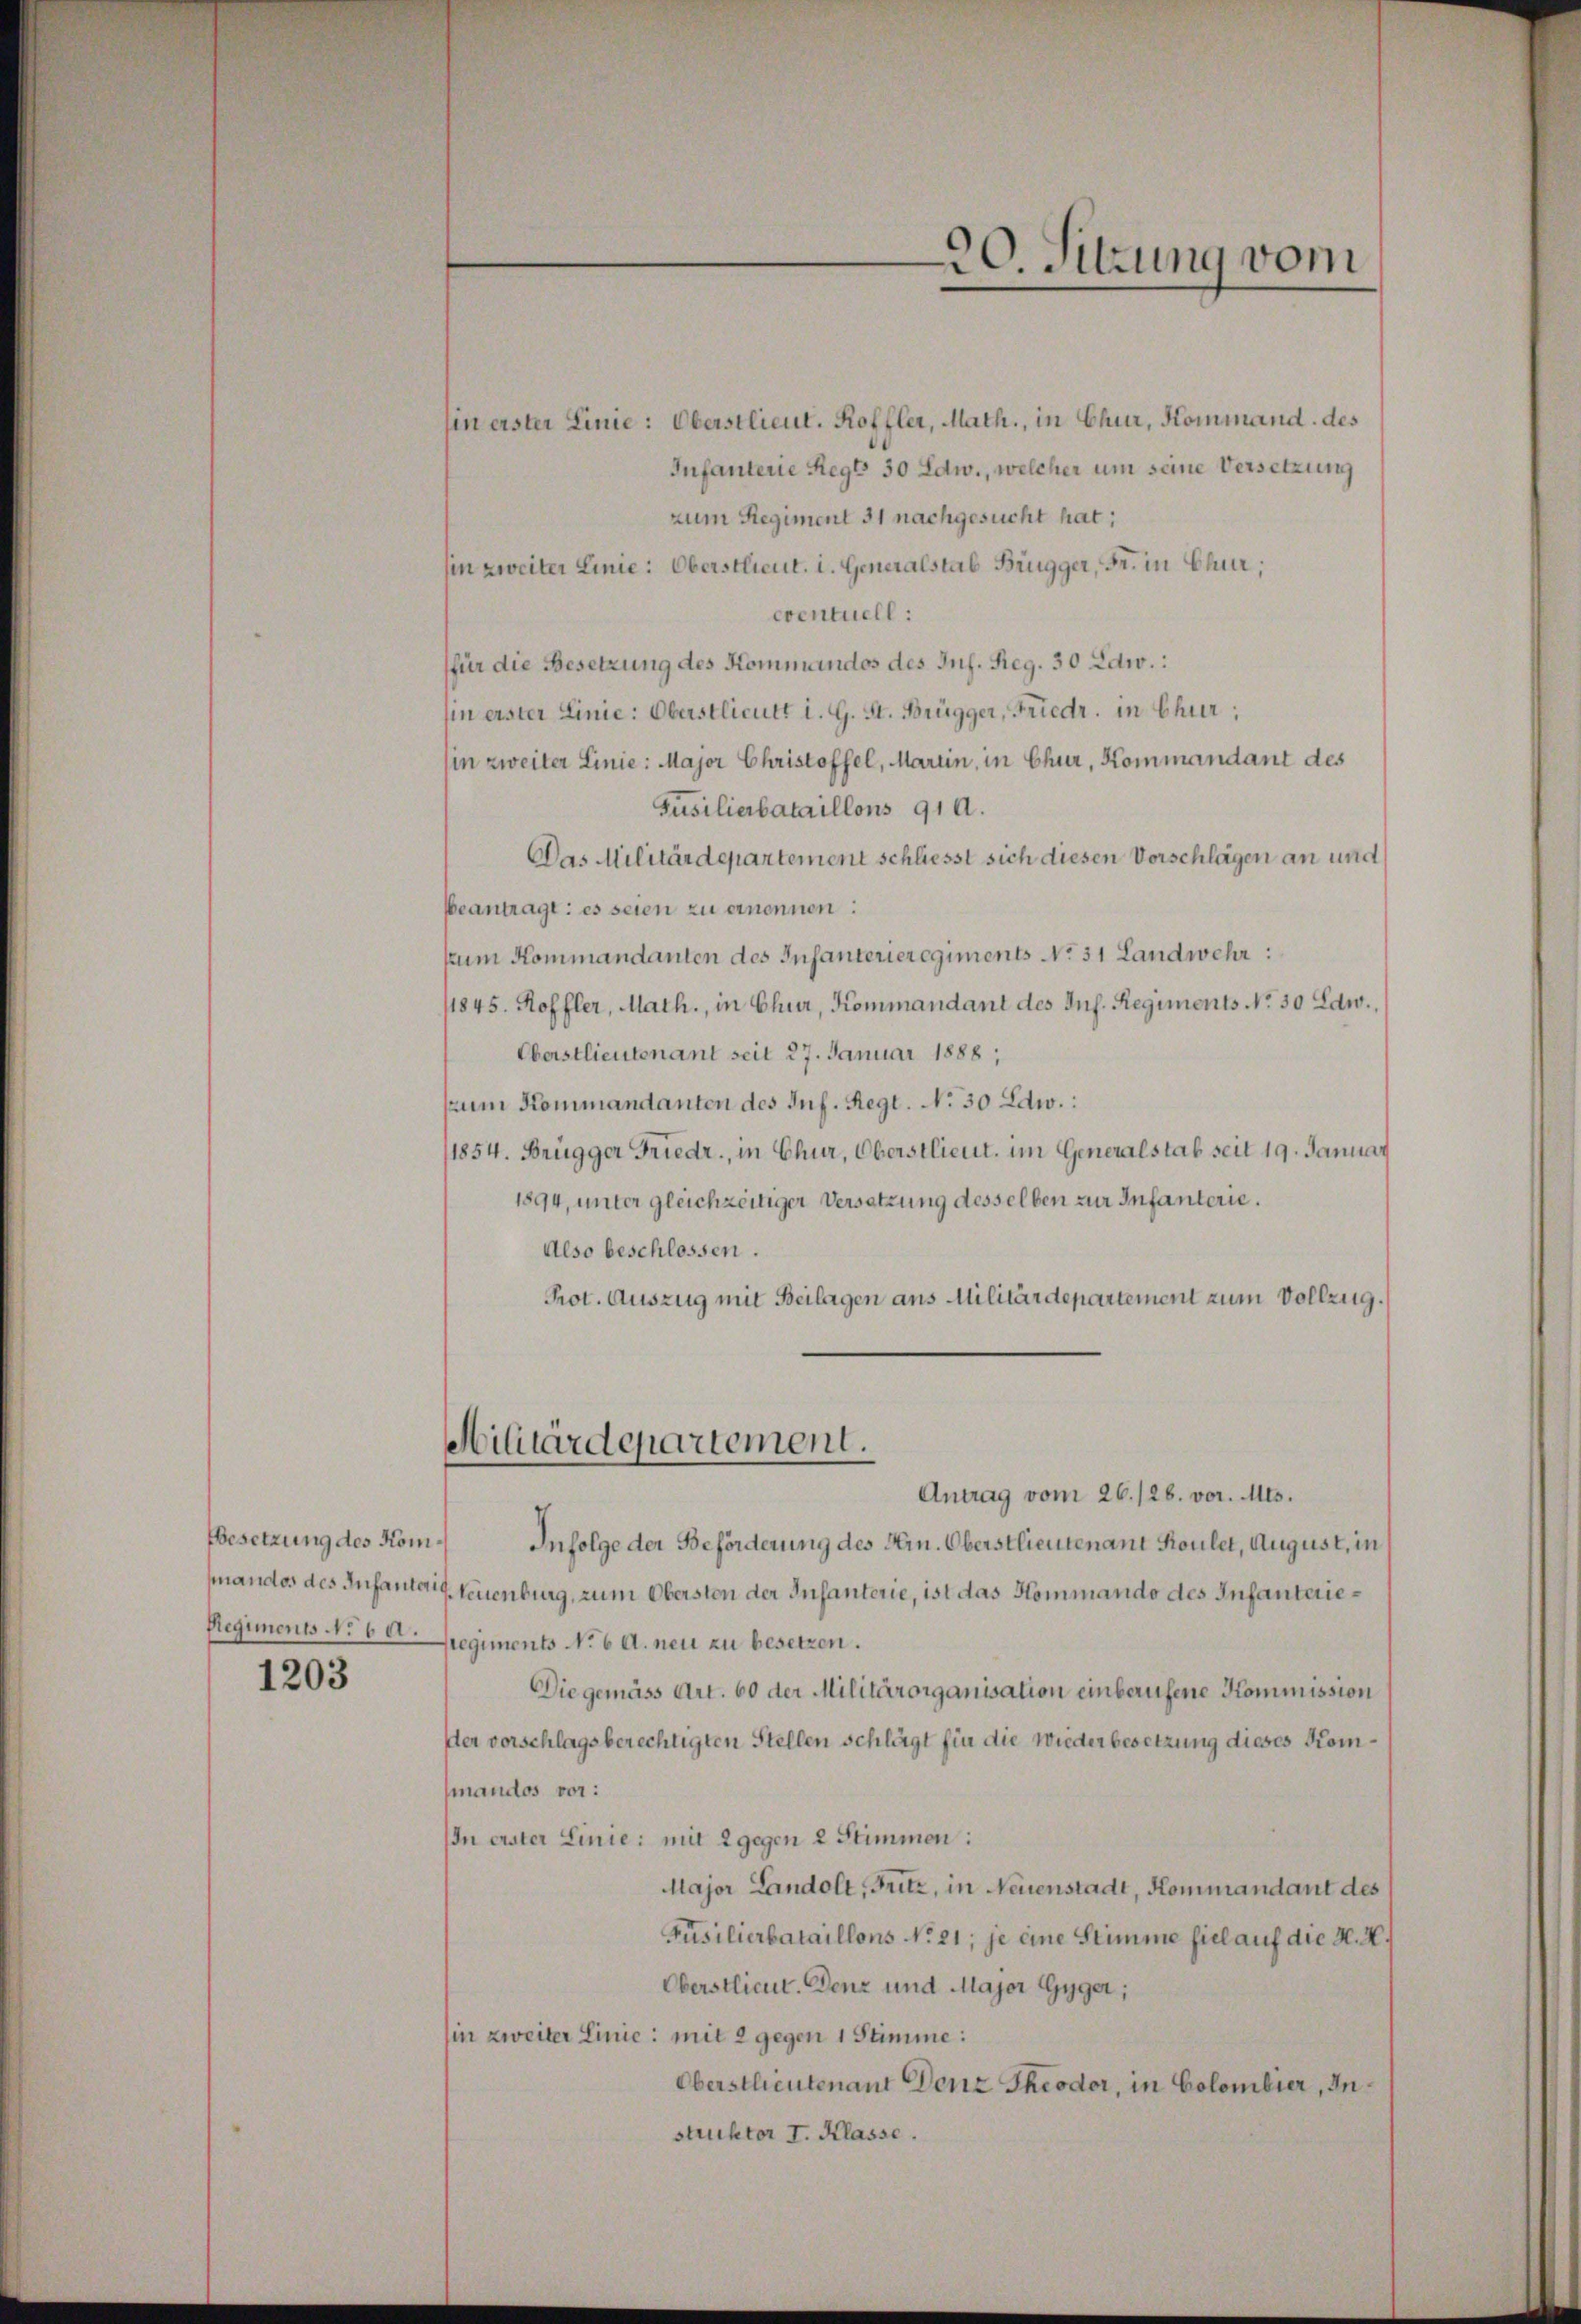
Regiments No 6 a.

1203

hin erster Linie: Oberstlieut. Koffler, Math., in Chur, Kommand des
Infanterie Regl 30 Edw., welcher um seine Versetzung
zum Regiment 31 nachgesucht hat;
hin zweiter Linie: Oberstlieut. i. Generalstab Brugger, Fr. in Chur;
eventuell:
(für die Besetzung des Kommandos des Jul. Reg. 30 Edw.:
hin erster Linie: Oberstlieutt i. G. St. Brügger, Friedr. in Chur;
sin zweiter Linie: Major Christoffel, Marin, in Chur, Kommandant des
Füsilierbataillons 910.
Das Militärdepartement schliesst sich diesen Vorschlägen an und
beantragt: es seien zu ernennen:
sum Kommandanten des Infanterieregiments No. 31 Landwehr:
1845. Koffler, Math., in Chur, Kommandant des Inf. Regiments No. 50 Edw.,
Oberstlieutenant seit 27. Januar 1888,
zum Kommandanten des Inf. Regt. No 30 Edw.:
1854. Brügger Friedr., in Chur, Oberstlieut. im Generalstab seit 19. Januar
1894, unter gleichzeitiger Versatzung desselben zur Infanterie.
Also beschlossen.
Prot. Auszug mit Beilagen aus Militärdepartement zum Vollzug.
Militärdepartement.
Antrag vom 26./26. vor. Mts.
Besetzung des Kom. Infolge der Beförderung des Hrn. Oberstlieutenant Roulet, August, in
fandos des Infanter Neuenburg, zum Obersten der Infanterie, ist das Kommando des Infanterieregiments No 6 A. neu zu besetzen.
Die gemäss Art. 60 der Militärorganisation einberufene Kommission
der vorschlagsberechtigten Stellen schlägt für die Wiederbesetzung dieses Kommandos vor:
In erster Linie: mit 2 gegen 2 Stimmen:
Major Landolt, Fritz, in Neuenstadt, Kommandant des
Füsilierbataillons No 21; je eine Stimme fiel auf die N. N.
Oberstlieut. Denz und Major Gyger;
hin zweiter Linie: mit 2 gegen 1 Stimme:
Oberstlieutenant Denz Theodor, in Colombier, Instruktor I. Klasse.

e
90. Sitzung vom